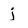
Character: j